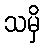
သမှိ